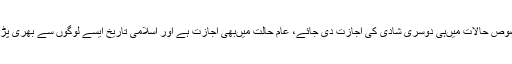
اسلام میں‌اس چیز کی کوئی قید نہیں‌ہے کہ صرف مخصوص حالات میں‌ہی دوسری شادی کی اجازت دی جائے، عام حالت میں‌بھی اجازت ہے اور اسلامی تاریخ ایسے لوگوں سے بھری پڑی ہے جنہوں‌نے عام حالت میں‌بھی دوسری شادی کی ۔